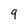
Character: 9